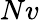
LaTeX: Nv